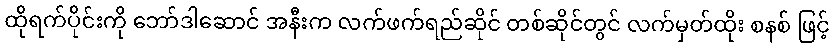
ထိုရက်ပိုင်းကို ဘော်ဒါဆောင် အနီးက လက်ဖက်ရည်ဆိုင် တစ်ဆိုင်တွင် လက်မှတ်ထိုး စနစ် ဖြင့်